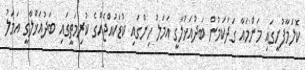
ކޮލަމާފުށީގައި މަންމައާ ގަދަކަމުން ބަދުއަޚުލާގީ އަމަލު ހިންގައި ކުޑަކުއްޖެއްގެ ކުރިމަތީގައި ބަދުއަޚްލާގީ އަމަލު